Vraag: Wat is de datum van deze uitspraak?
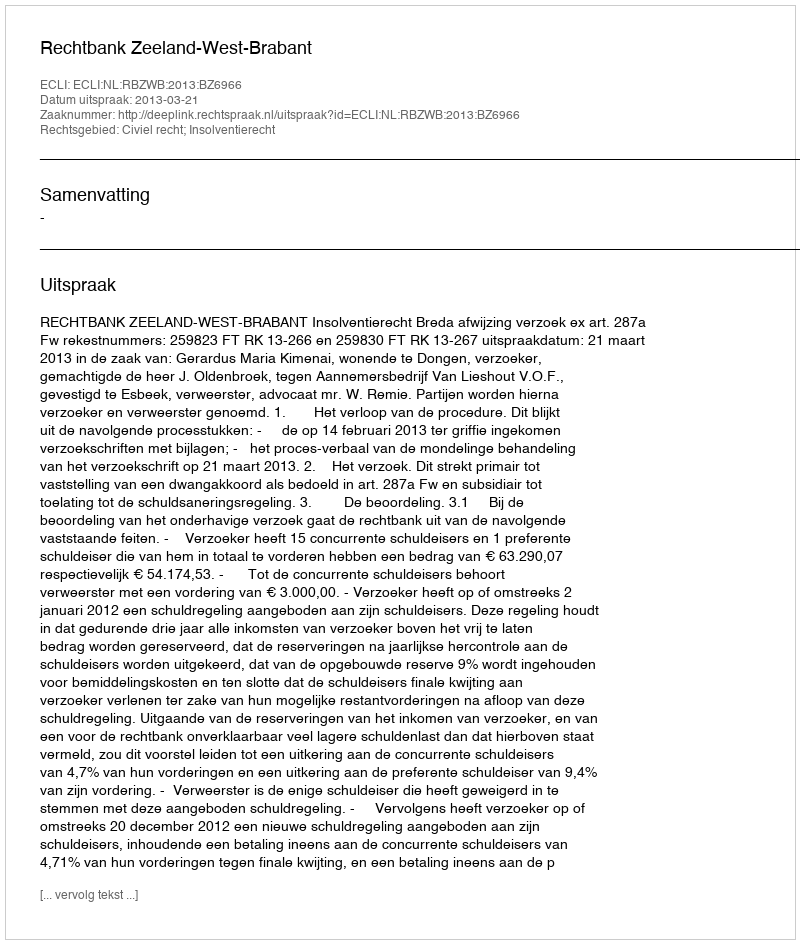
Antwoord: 2013-03-21